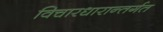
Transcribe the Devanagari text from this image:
विचारधारान्तर्गत